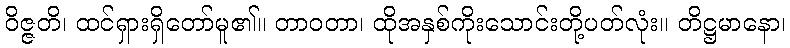
ဝိဇ္ဇတိ၊ ထင်ရှားရှိတော်မူ၏။ တာဝတာ၊ ထိုအနှစ်ကိုးသောင်းတို့ပတ်လုံး။ တိဋ္ဌမာနော၊